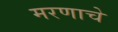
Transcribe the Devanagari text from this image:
मरणाचे